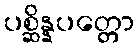
ပစ္ဆိန္နပတ္တော